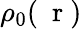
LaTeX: \rho_{0}(\mathrm{~\mathbf~r~})